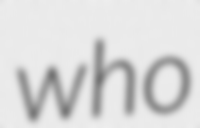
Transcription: who